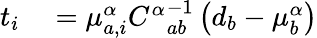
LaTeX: \begin{array}{rl}{t_{i}}&{{}=\mu_{a,i}^{\alpha}{C^{\alpha}}_{ab}^{-1}\left({d_{b}-\mu_{b}^{\alpha}}\right)}\end{array}